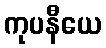
ကုပနီယေ